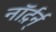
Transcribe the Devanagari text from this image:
नॉर्द़र्न्